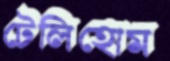
টেলিহোম